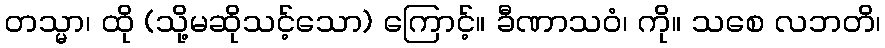
တသ္မာ၊ ထို (သို့မဆိုသင့်သော) ကြောင့်။ ခီဏာသဝံ၊ ကို။ သစေ လဘတိ၊